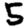
Digit: 5